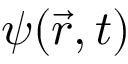
\psi ( \vec { r } , t )